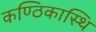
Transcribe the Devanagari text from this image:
कण्ठिकास्थि